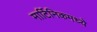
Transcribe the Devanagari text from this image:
मार्टिनिकमध्ये